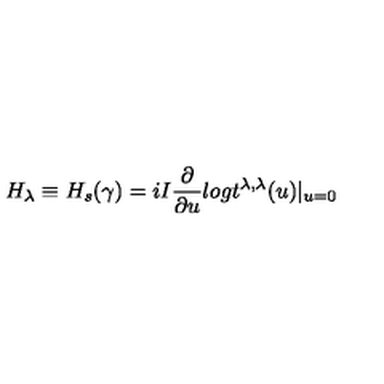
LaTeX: H _ { \lambda } \equiv H _ { s } ( \gamma ) = i I \frac { \partial } { \partial u } l o g t ^ { \lambda , \lambda } ( u ) | _ { u = 0 }